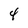
Character: 4